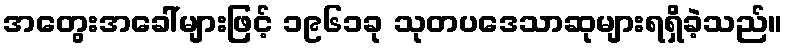
အတွေးအခေါ်များဖြင့် ၁၉၆၁ခု သုတပဒေသာဆုများရရှိခဲ့သည်။